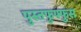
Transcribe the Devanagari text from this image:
पुस्तफुफ्फुस